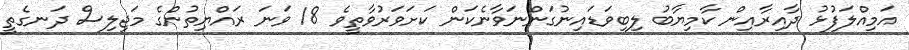
އަމިއްލަފުޅު ދާއިރާއިން ކާމިޔާބު ލިބިވަޑައިނުގަންނަވާނެކަން ކަށަވަރުވާތީވެ 18 ވަނަ ރައްޔިތުންގެ މަޖިލިސް ދަނގެތީ